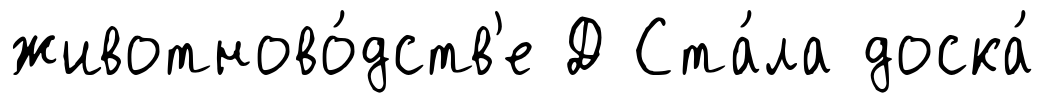
животново́дств'е Д Ста́ла доска́